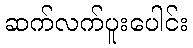
ဆက်လက်ပူးပေါင်း